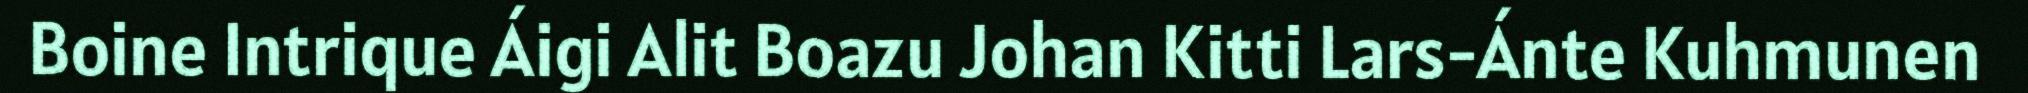
Boine Intrique Áigi Alit Boazu Johan Kitti Lars-Ánte Kuhmunen